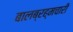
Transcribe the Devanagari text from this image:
बालब्रह्मचारी